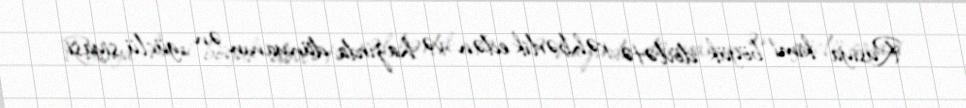
Rusiya kimi böyük dövlətə rəhbərlik edən və hazırda dünyanın ən güclü siyasi